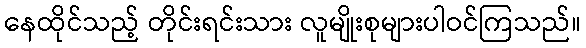
နေထိုင်သည့် တိုင်းရင်းသား လူမျိုးစုများပါဝင်ကြသည်။